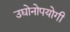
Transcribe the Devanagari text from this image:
उद्योनोपयोगी